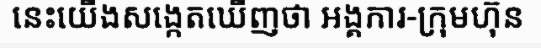
នេះយើងសង្កេតឃើញថា អង្គការ-ក្រុមហ៊ុន